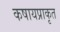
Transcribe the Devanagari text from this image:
कषायप्राकृत